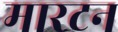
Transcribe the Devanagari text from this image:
मारटन